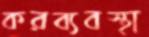
করব্যবস্থা